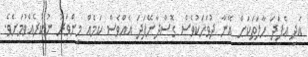
އަދި އެފަދަ ހާލަތަކަށް އޭނާ ދުވަހަކުވެސް ގޮސްދާނޭފަދަ އެއްވެސް ކަމެއް މިންވަރު ނުކުރެއްވުމަށެވެ.